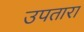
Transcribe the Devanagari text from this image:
उपतारा